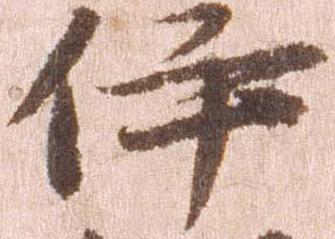
伊